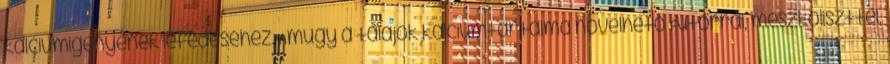
kalciumigényének lefedéséhez. Amúgy a talajok kalciumtartalma növelhető Futorral, mészkőliszttel,